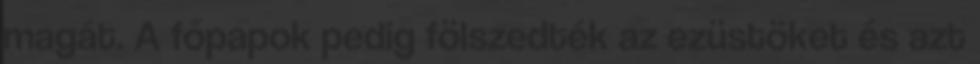
magát. A főpapok pedig fölszedték az ezüstöket és azt